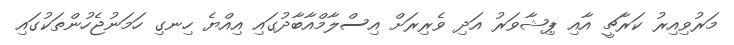
މަރުވިއިރު ކަރާޗީ އާއި ޕިޝާވަރު އަދި ވެރިރަށް އިސްލާމްއާބާދުގައި އިއްޔެ ހިނގި ހަމަނުޖެހުންތަކުގައި